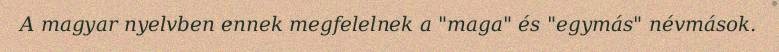
A magyar nyelvben ennek megfelelnek a "maga" és "egymás" névmások.